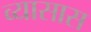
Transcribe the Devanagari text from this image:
व्यासास